画像に写った文字を読んでください
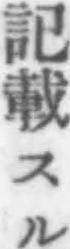
「記載スル」と書いてあります